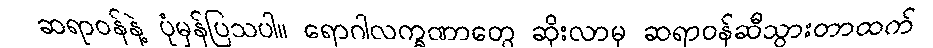
ဆရာဝန်နဲ့ ပုံမှန်ပြသပါ။ ရောဂါလက္ခဏာတွေ ဆိုးလာမှ ဆရာဝန်ဆီသွားတာထက်